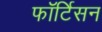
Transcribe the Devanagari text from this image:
फॉर्टिसन